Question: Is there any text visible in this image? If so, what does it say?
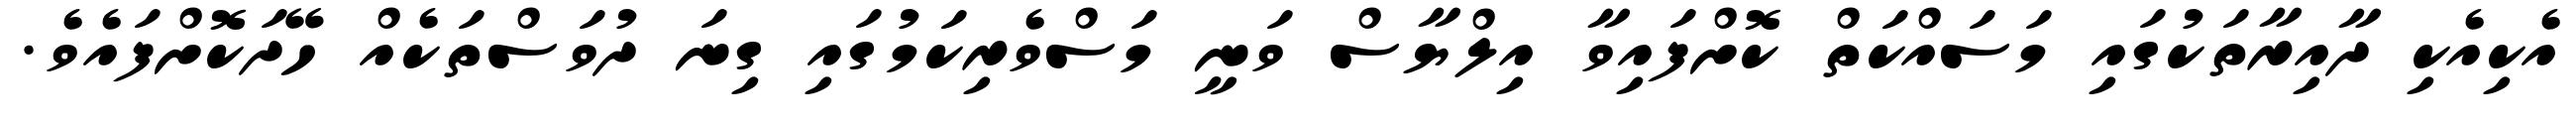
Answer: އެކިއެކި ދާއިރާތަކުގައި މަސައްކަތް ކޮށްފައިވާ އިލްޔާސް ވަނީ މަސްވެރިކަމުގައި ގިނަ ދުވަސްތަކެއް ހޭދަކޮށްފައެވެ.